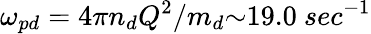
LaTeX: \omega_{pd}={4{\pi}{n_{d}}Q^{2}}/{m_{d}}{\sim}19.0~sec^{-1}